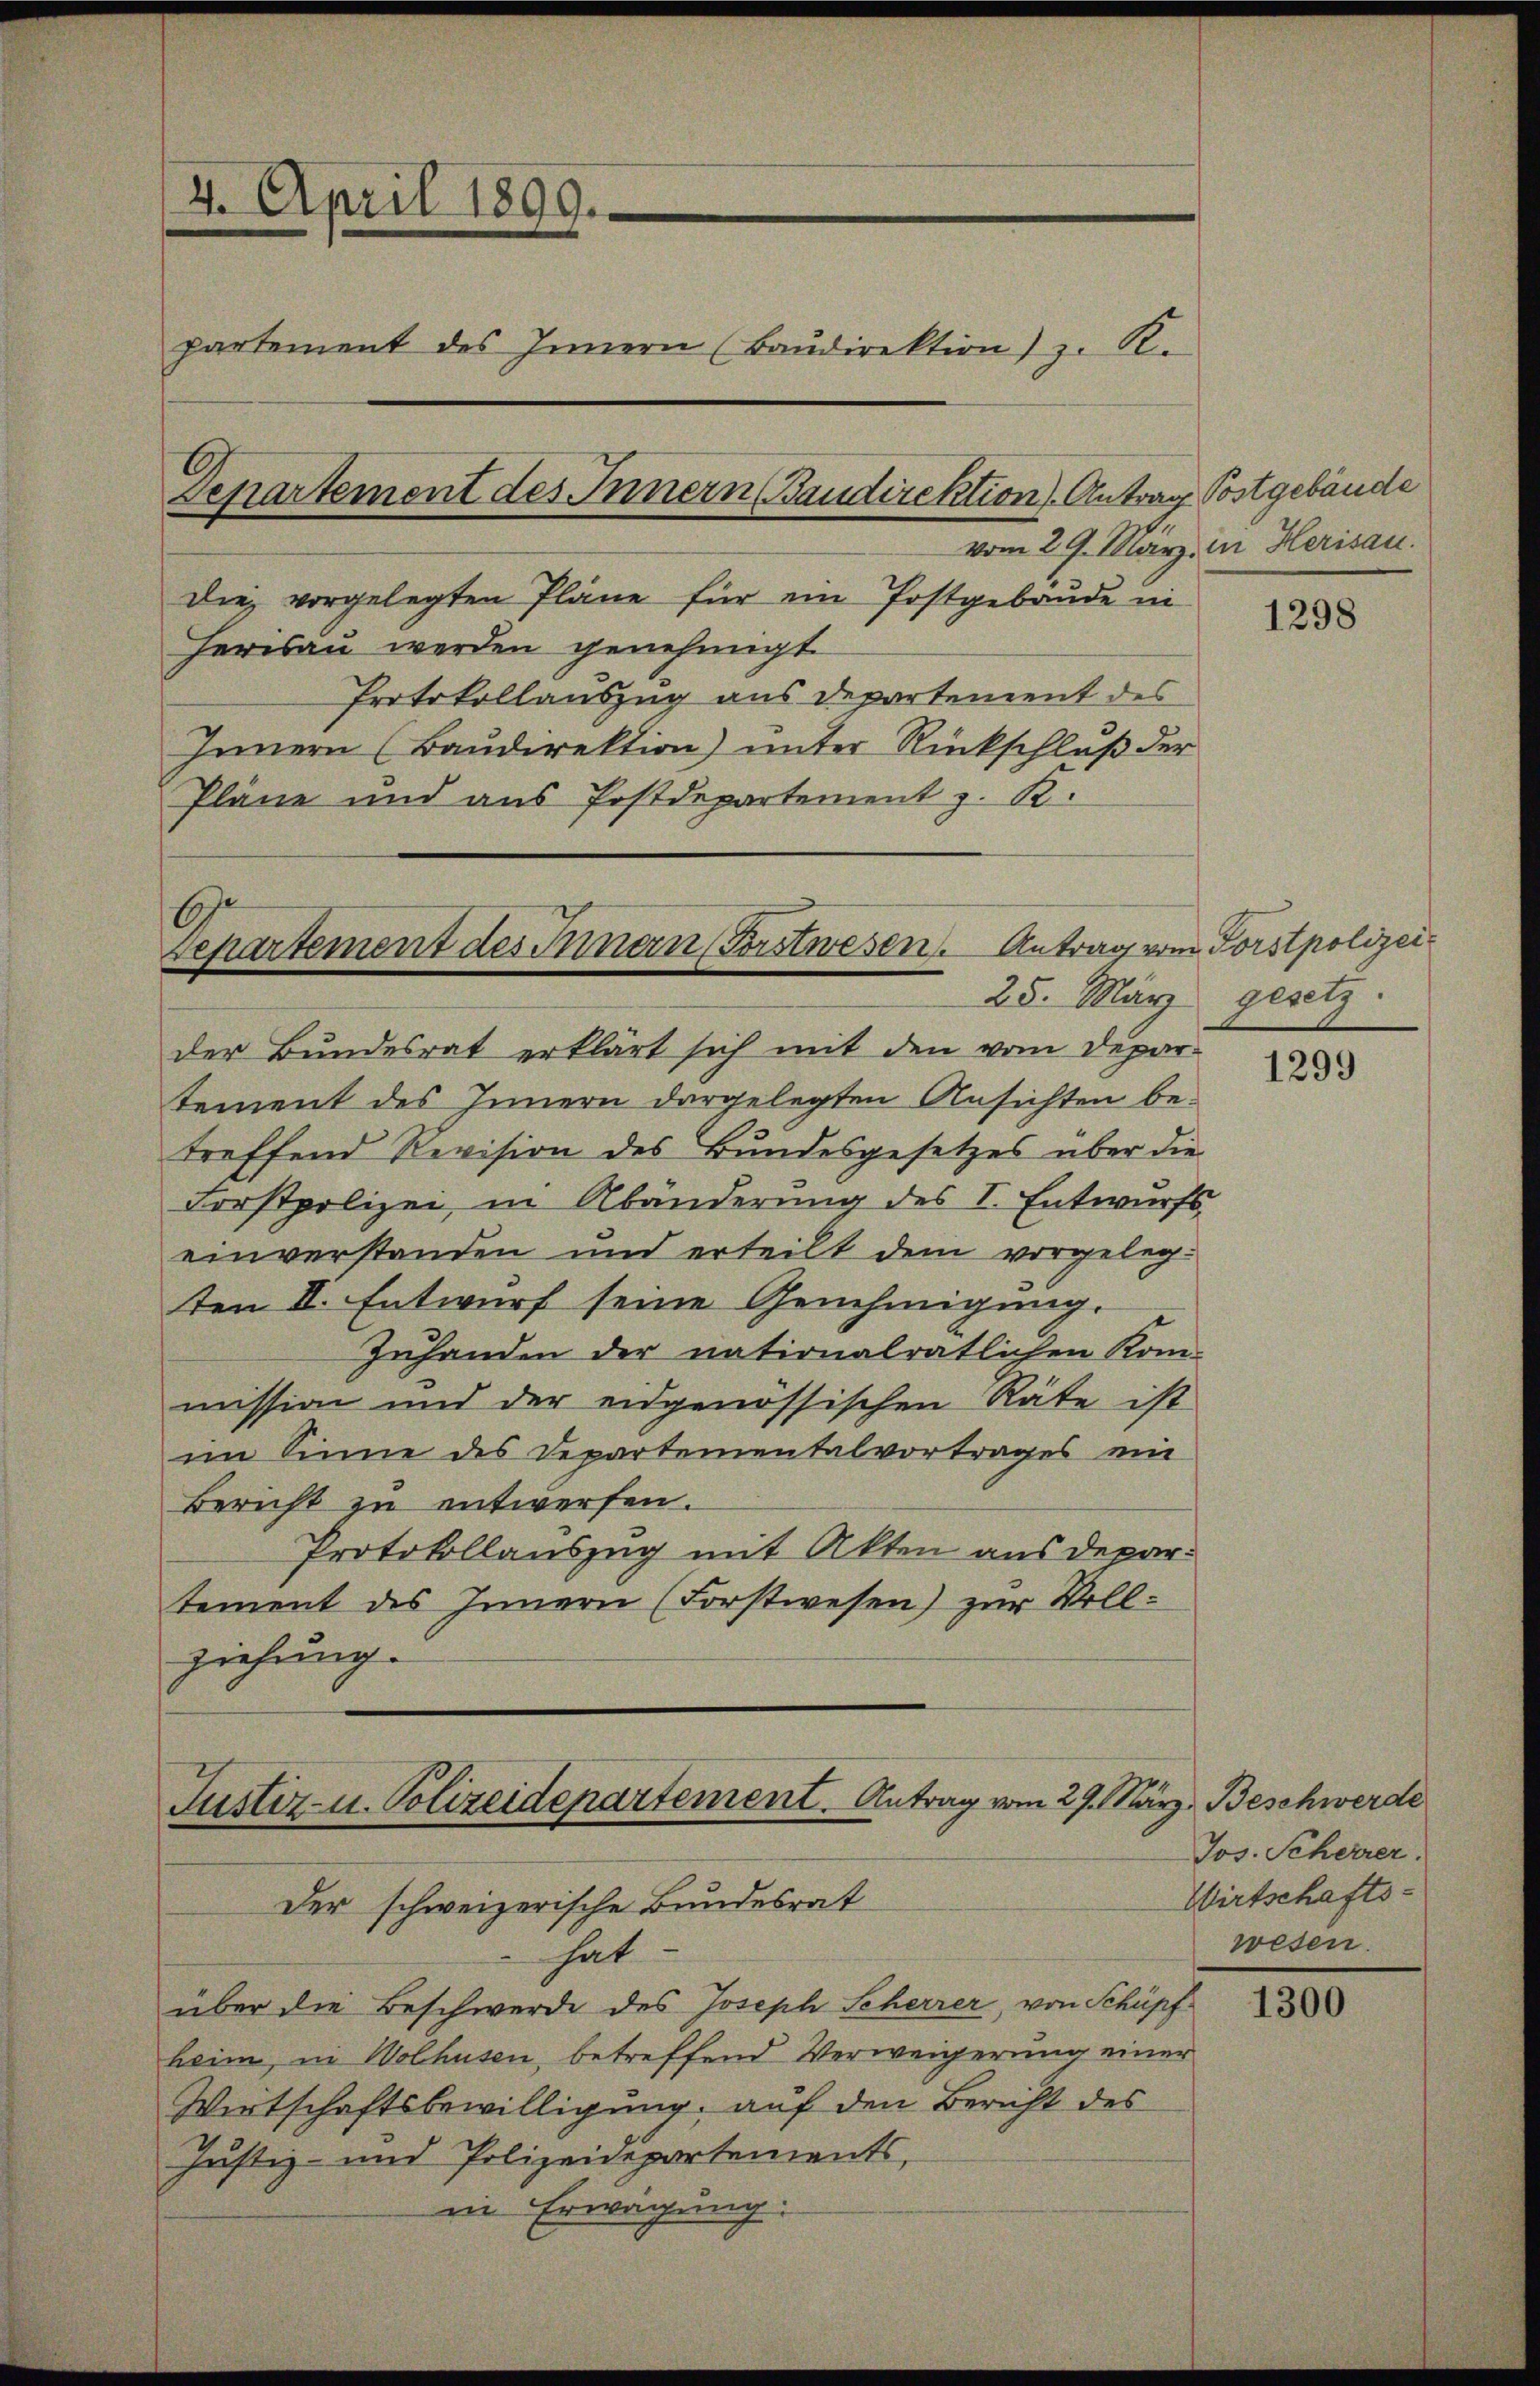
4. April 1899.
partement des Innern (Baŭdirektion) z. R.
Departement des Innern Baudirektion) Antrag Postgebäude
vom 29. März. in Herisau.
die vorgelegten Pläne für ein Postgebäude ni

Herisau werden genehmigt.
Protokollauszug aus Departement des
Innern (Baudirektion) unter Rückschluß der
Pläne und aus Postdepartement z. K.

E
Separtement des Innern Forstwesen. Antrag vom Porstpolizei¬
25. März

der Bundesrat erklärt sich mit den vom Depar-
tement des Innern dargelegten Ansichten betreffend Revision des Bundesgesetzes über die
Forstpolizei, in Abänderung des I. Entwurfs
einverstanden und erteilt dem vorgelegten II. Entwurf seine Genehmigung.
Zuhanden der nationalratlichen Kom-
mission und der eidgenössischen Räte ist
im Sinne des Departementalvortrages ein
Bericht zu entwerfen.
Protokollauszug mit Akten aus departement des Innern (Forstwesen) zur Vollziehung.

Justiz- u. Polizeidepartement. Antrag vom 29. März, Beschwerde
Der schweizerische Bundesrat

hat
über die Beschwerde des Joseph Scherrer, von Schüpf
heim, in Wolhusen, betreffend Verweigerung einer
Wirtschaftsbewilligung, auf den Bericht des
Justiz- und Polizeidepartements,
in Erwägung:

1298

gesetz.

1299

Jos. Scherrer.
Wirtschafts-
wesen.

1300